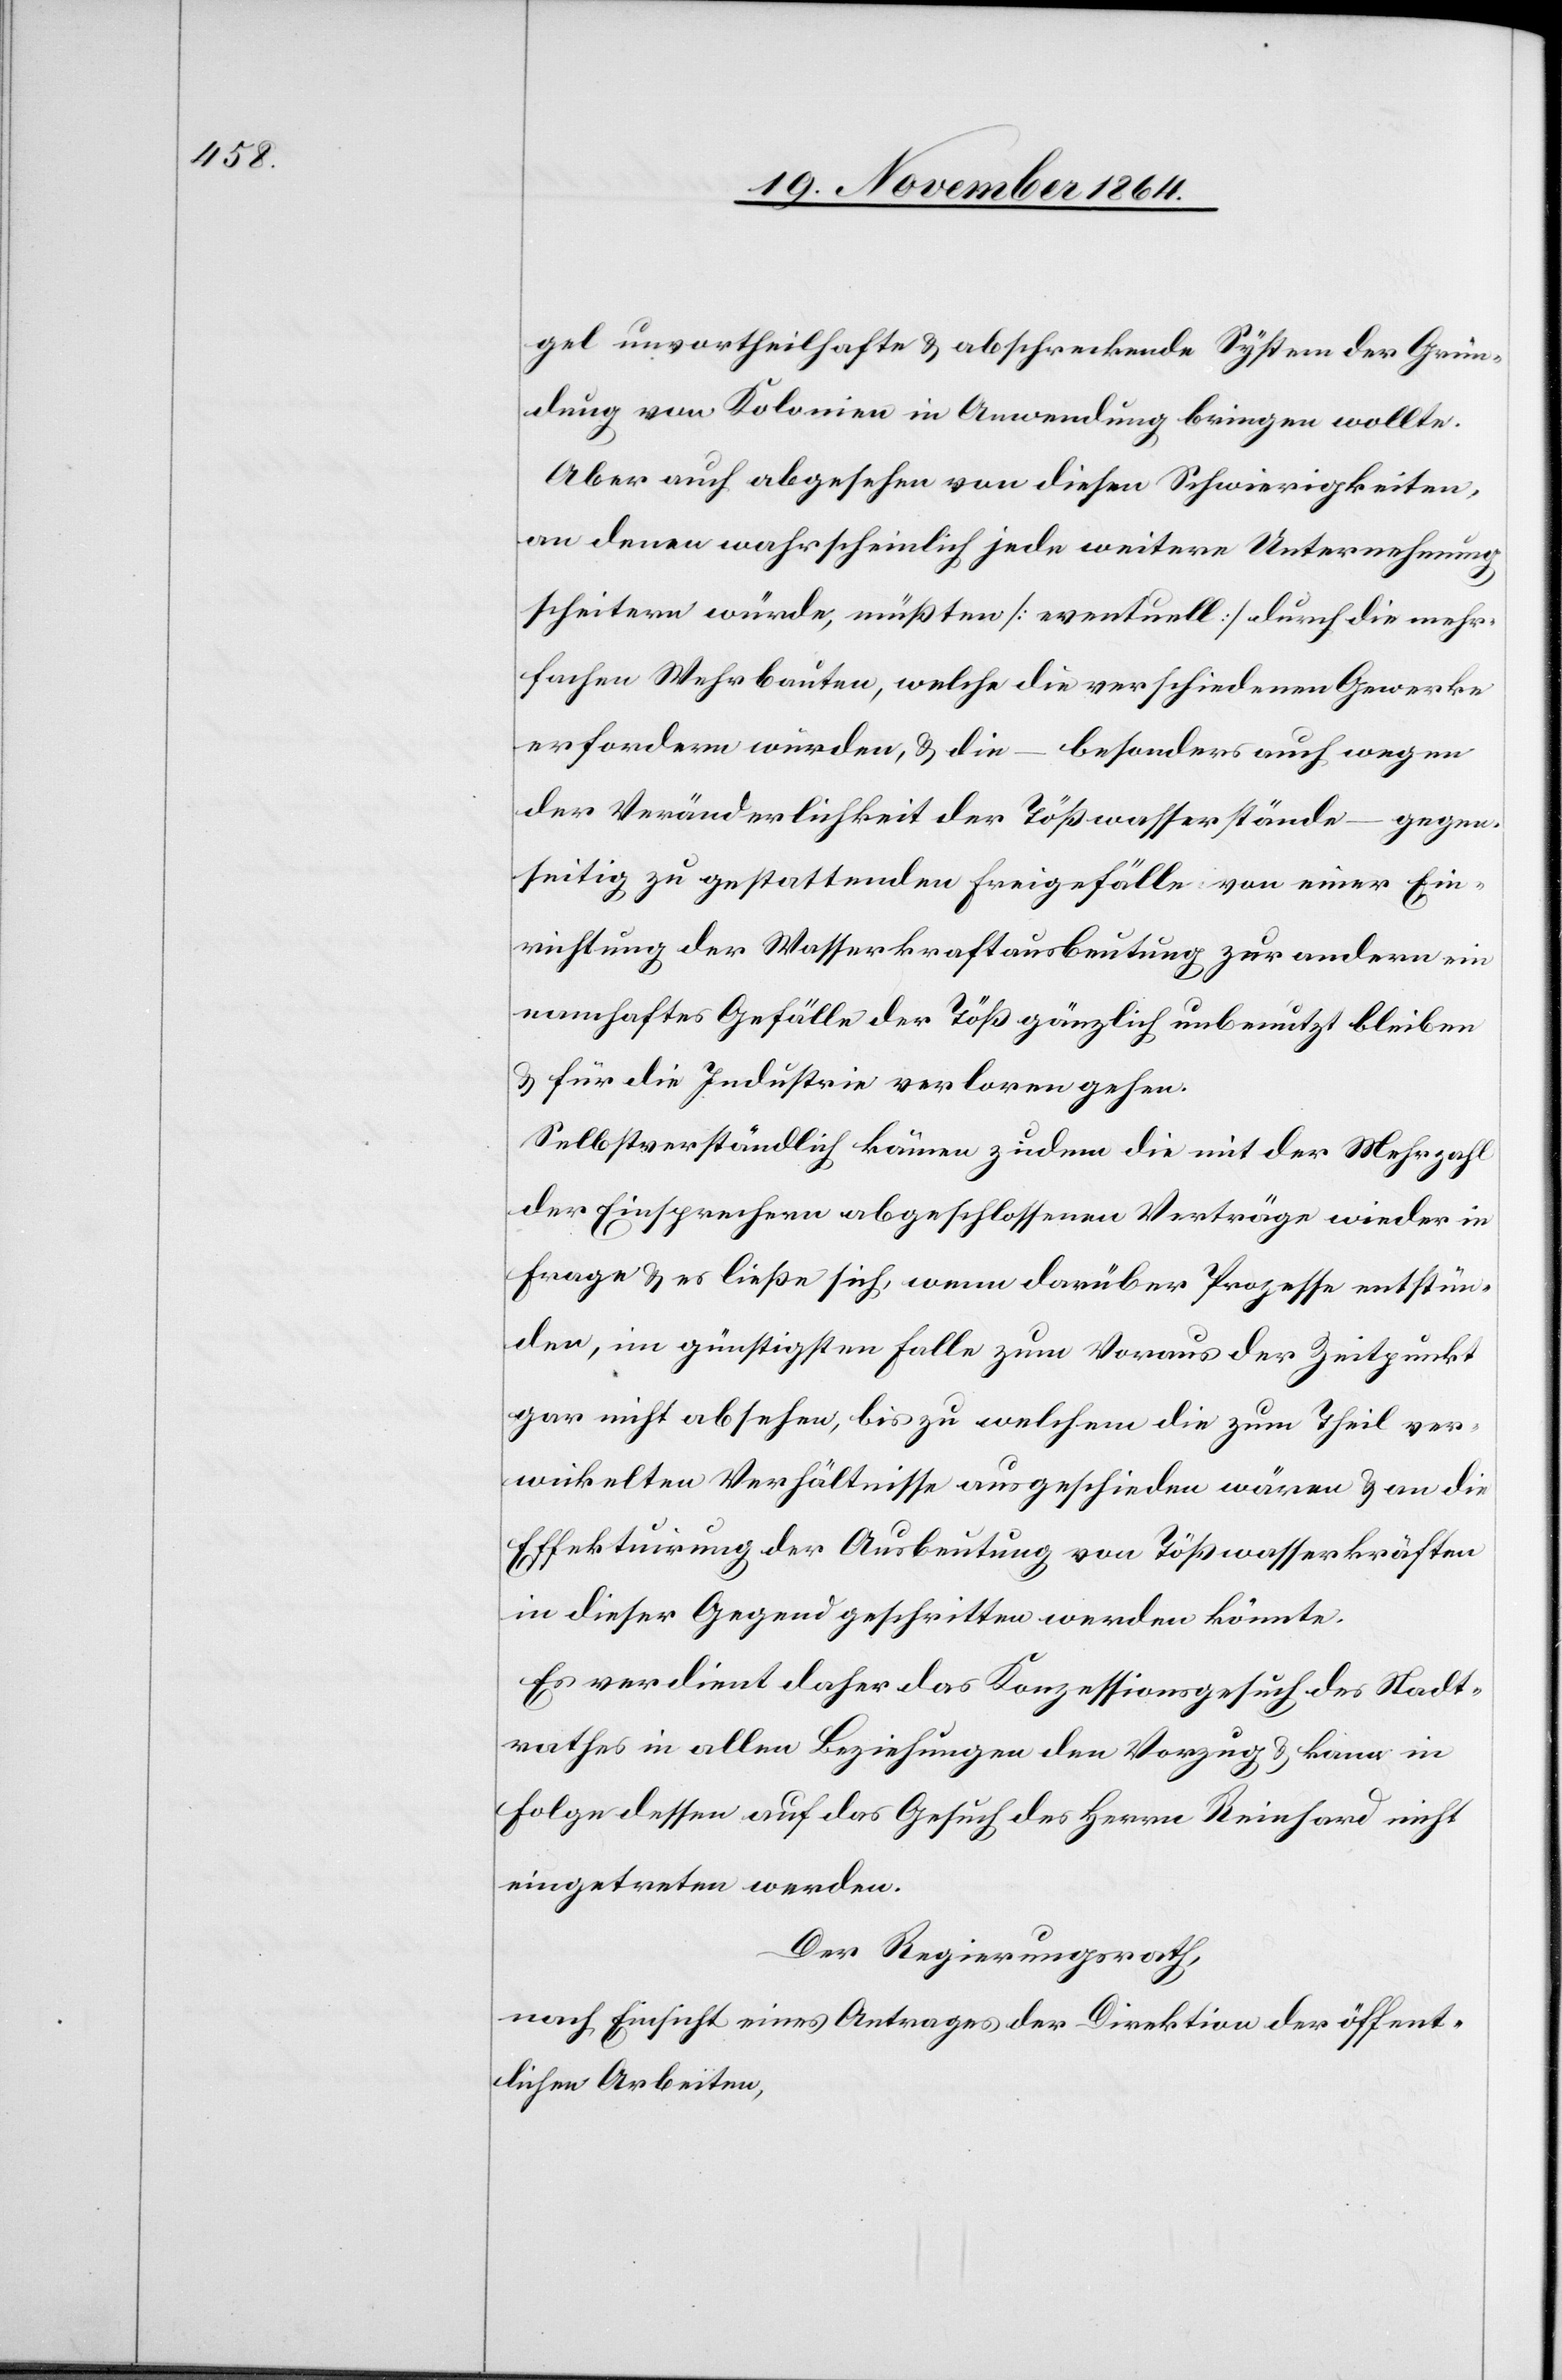
gel unvortheilhafte & abschreckende System der Grün¬
dung von Kolonien in Anwendung bringen wollte.
Aber auch abgesehen von diesen Schwierigkeiten,
an denen wahrscheinlich jede weitere Unternehmung
scheitern würde, müßten [eventuell] durch die mehr¬
fachen Wehrbauten, welche die verschiedenen Gewerke
erfordern würden, & die – besonders auch wegen
der Veränderlichkeit der Tößwasserstände – gegen¬
seitig zu gestattenden Freigefälle von einer Ein¬
richtung der Wasserkraftausbeutung zur andern ein
namhaftes Gefälle der Töß gänzlich unbenutzt bleiben
& für die Industrie verloren gehen.
Selbstverständlich kämen zudem die mit der Mehrzahl
der Einsprechern abgeschlossenen Verträge wieder in
Frage & es ließe sich, wenn darüber Prozesse entstün¬
den, im günstigsten Falle zum Voraus der Zeitpunkt
gar nicht absehen, bis zu welchem die zum Theil ver¬
wickelten Verhältnisse ausgeschieden wären & an die
Effektuirung der Ausbeutung von Tößwasserkräften
in dieser Gegend geschritten werden könne.
Es verdient daher das Konzessionsgesuch des Stadt¬
rathes in allen Beziehungen den Vorzug & kann in
Folge dessen auf das Gesuch des Herrn Reinhard nicht
eingetreten werden.
Der Regierungsrath,
nach Einsicht eines Antrages der Direktion der öffent¬
lichen Arbeiten,